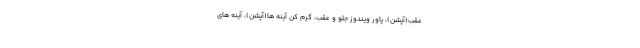
عقب(آپشن)، پاور ویندوز جلو و عقب، گرم کن آینه ها(آپشن)، آینه های